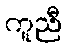
ကူညီ